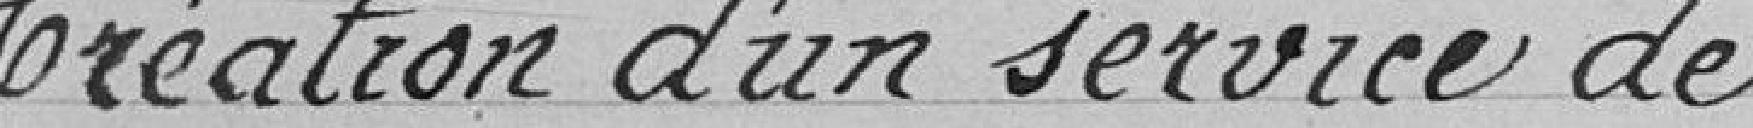
Création d'un service de